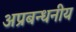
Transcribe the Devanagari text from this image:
अप्रबन्धनीय